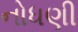
નોધણી